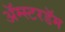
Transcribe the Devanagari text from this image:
अॅम्स्टरडॅम